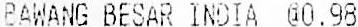
BAWANG BESAR INDIA @0.98